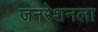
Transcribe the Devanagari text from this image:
जनरेशनला